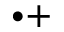
^ { \bullet + }